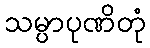
သမ္ပာပုဏိတုံ